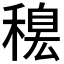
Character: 𥡋